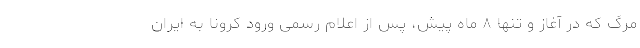
مرگ که در آغاز و تنها ۸ ماه پیش، پس از اعلام رسمی ورود کرونا به ایران